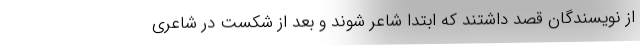
از نویسندگان قصد داشتند که ابتدا شاعر شوند و بعد از شکست در شاعری